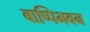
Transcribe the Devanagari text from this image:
बाष्पिभवन